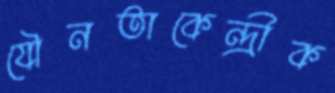
যৌনতাকেন্দ্রীক